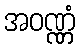
အဝဏ္ဏံ